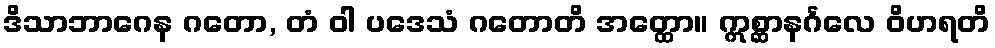
ဒိသာဘာဂေန ဂတော, တံ ဝါ ပဒေသံ ဂတောတိ အတ္ထော။ ဣစ္ဆာနင်္ဂလေ ဝိဟရတိ